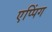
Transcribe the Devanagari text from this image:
एप्पिंग